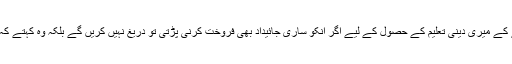
میرے والد صاحب کے جذبے کا اندازہ اس بات سے بخوبی ہو جاتا ہے کہ وہ کہتے تھے کے میری دینی تعلیم کے حصول کے لیے اگر اُنکو ساری جائیداد بھی فروخت کرنی پڑتی تو دریغ نہیں کریں گے بلکہ وہ کہتے کہ ا گر جان بھی بیچنی پڑی تو پرواہ نہیں مگرمسئلہ میرا داڑھی سے دلچسپی نہ رکھنا تھا۔